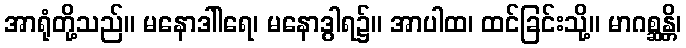
အာရုံတို့သည်။ မနောဒါါရေ၊ မနောဒွါရ၌။ အာပါထ၊ ထင်ခြင်းသို့။ မာဂစ္ဆန္တိ၊